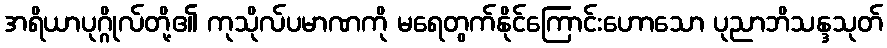
အရိယာပုဂ္ဂိုလ်တို့၏ ကုသိုလ်ပမာဏကို မရေတွက်နိုင်ကြောင်းဟောသော ပုညာဘိသန္ဒသုတ်